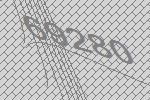
69280